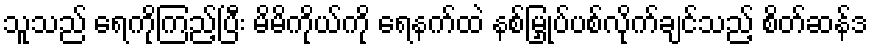
သူသည် ရေကိုကြည့်ပြီး မိမိကိုယ်ကို ရေနက်ထဲ နစ်မြှုပ်ပစ်လိုက်ချင်သည့် စိတ်ဆန်ဒ